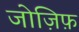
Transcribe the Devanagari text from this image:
जोज़िफ़